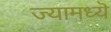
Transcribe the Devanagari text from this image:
ज्यामध्यॆ